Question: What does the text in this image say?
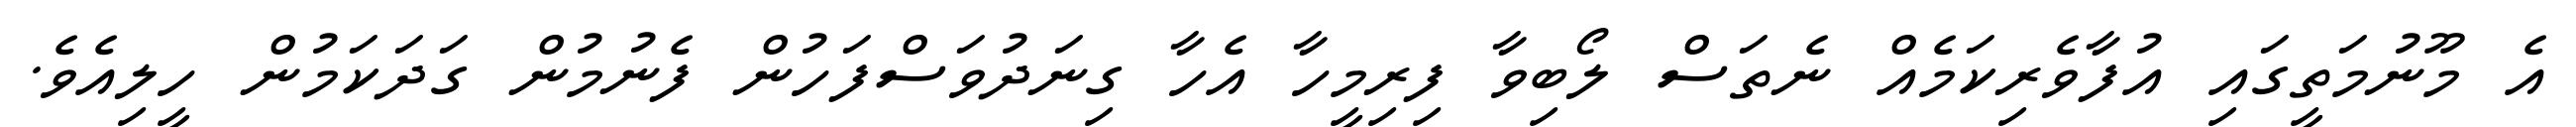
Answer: އެ މޫނުމަތީގައި އުފާވެރިކަމެއް ނެތަސް ލޯބިވާ ފިރިމީހާ އެހާ ގިނަދުވަސްފަހުން ފެނުމުން ގަދަކަމުން ހީލިއެވެ.